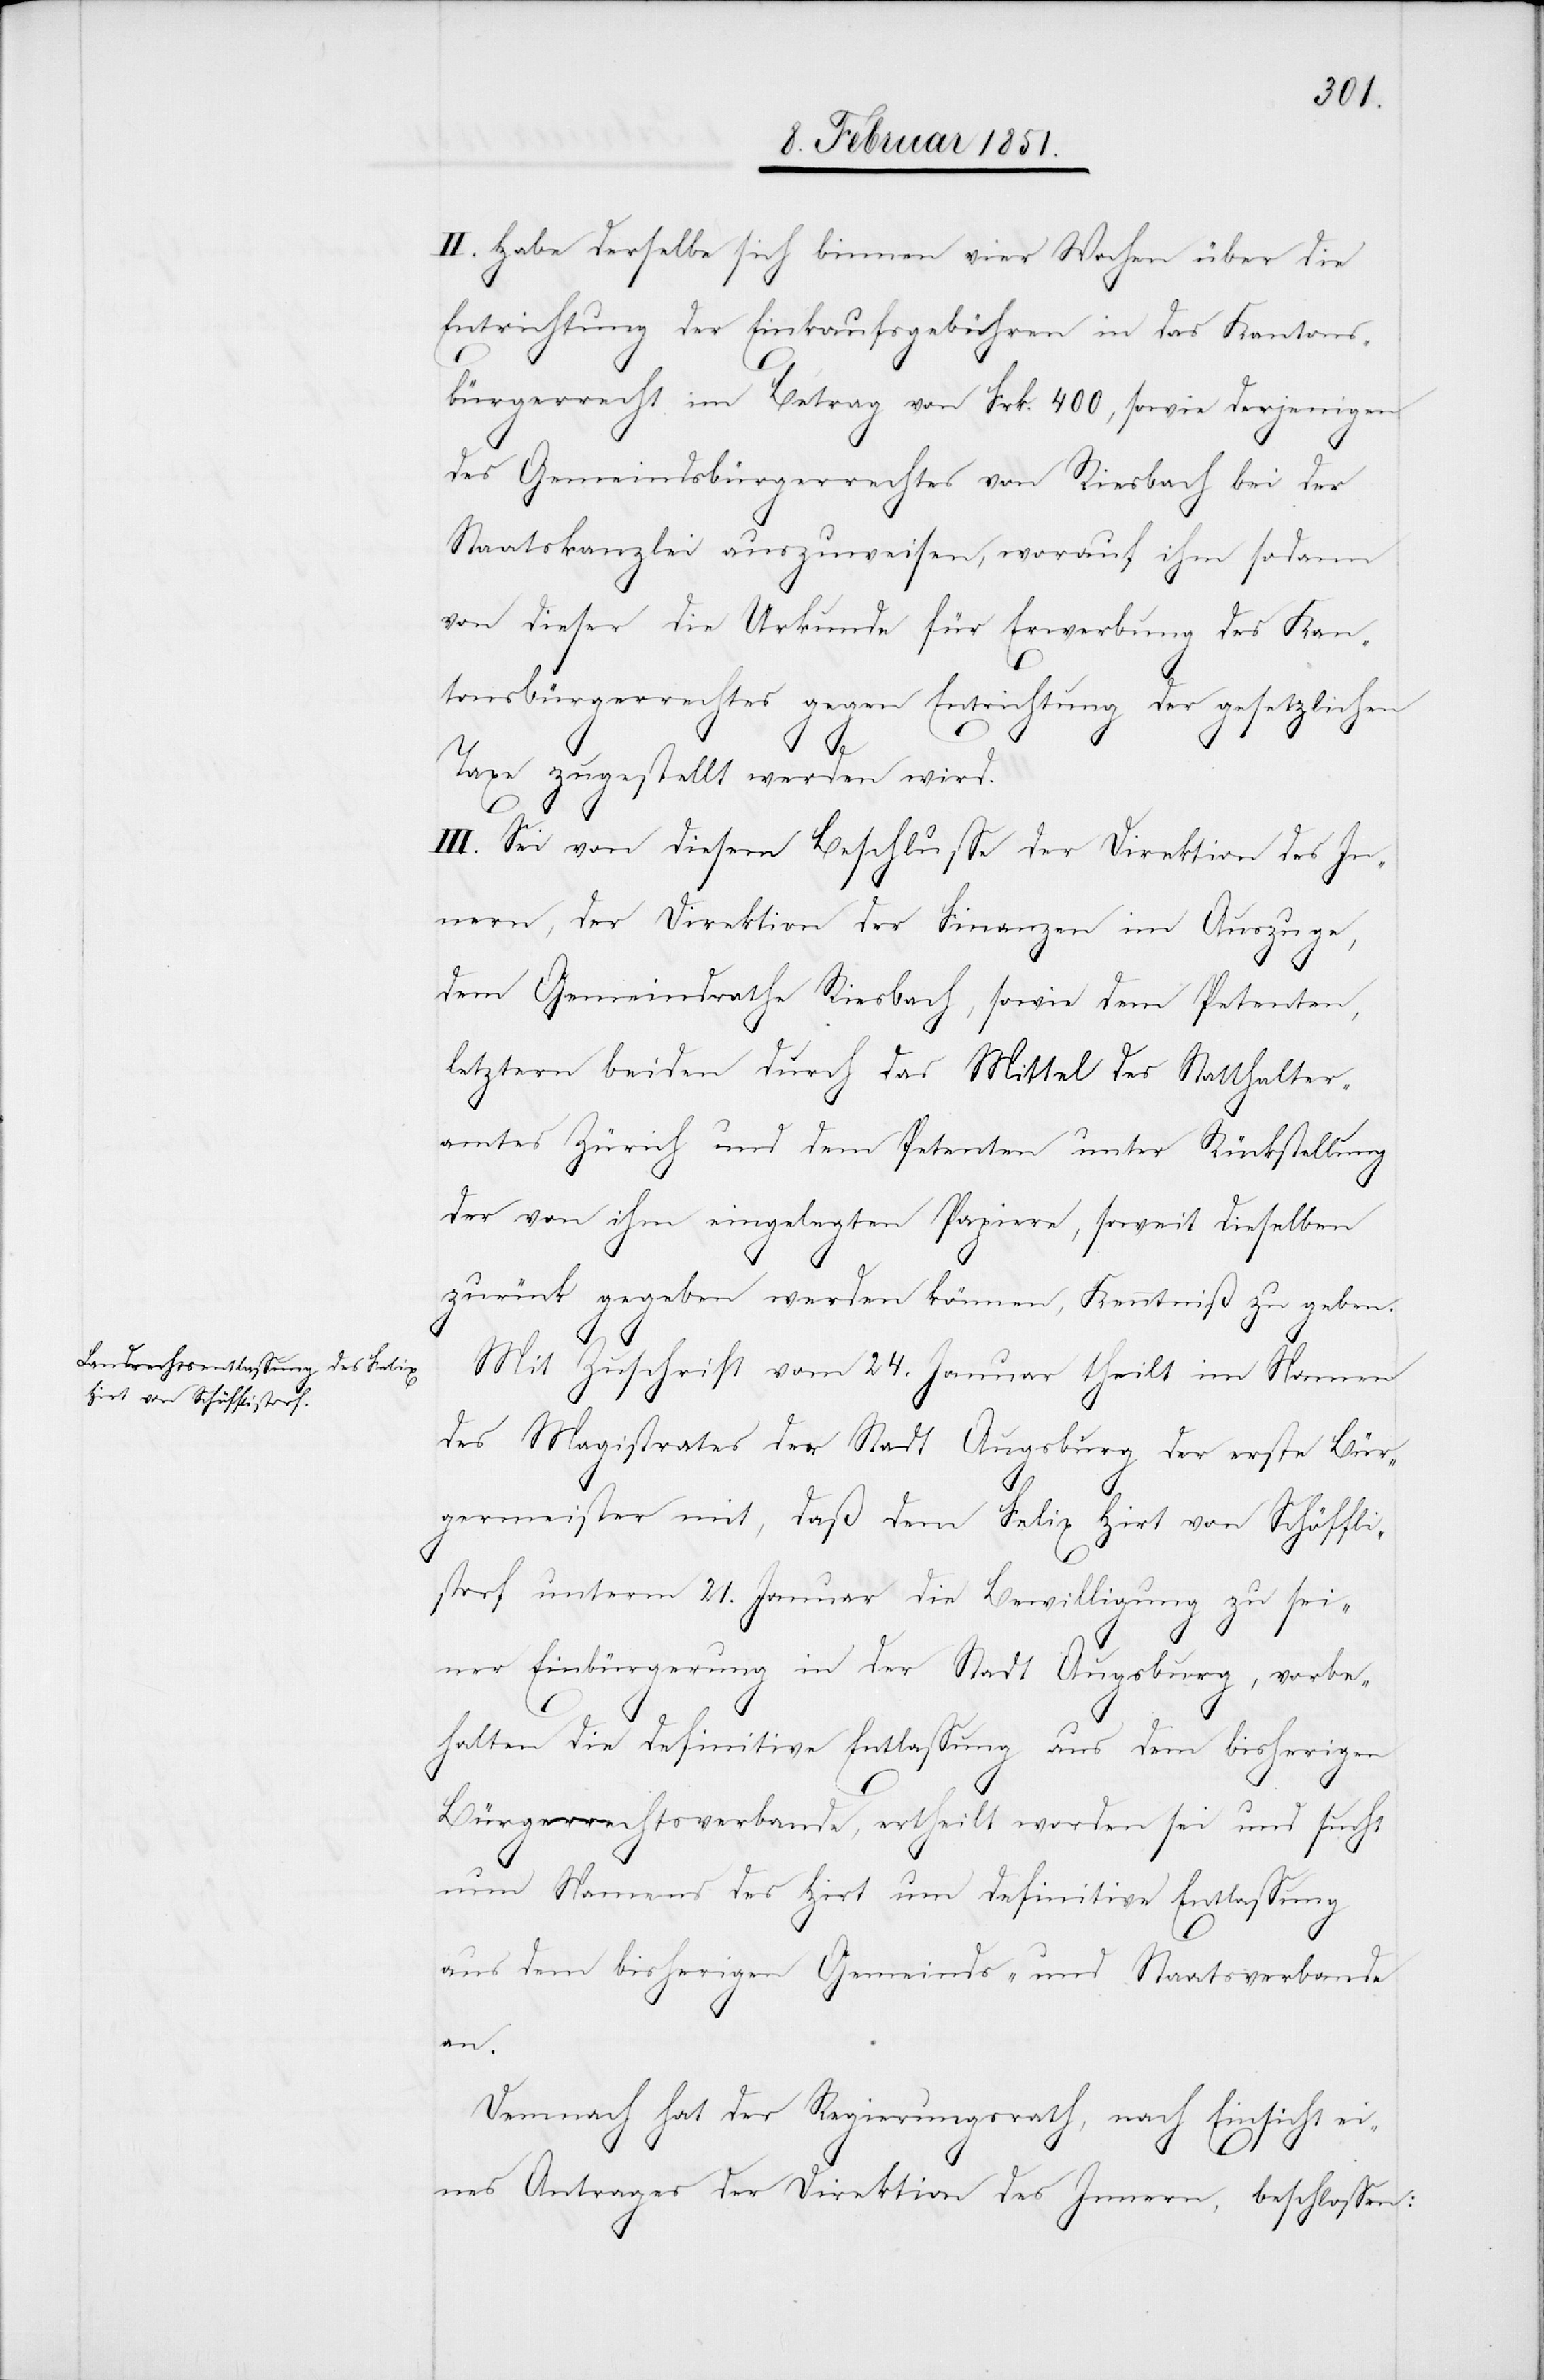
II. Habe derselbe sich binnen vier Wochen über die
Entrichtung der Einkaufsgebühren in das Kantons¬
bürgerrecht im Betrag von Frk. 400, sowie derjenigen
des Gemeindsbürgerrechtes von Riesbach bei der
Staatskanzlei auszuweisen, worauf ihm sodann
von dieser die Urkunde für Erwerbung des Kan¬
tonsbürgerrechtes gegen Entrichtung der gesetzlichen
Taxe zugestellt werden wird.
III. Sei von diesem Beschlusse der Direktion des In¬
nern, der Direktion der Finanzen im Auszuge,
dem Gemeindrathe Riesbach, sowie dem Petenten,
letztern beiden durch das Mittel des Statthalter¬
amtes Zürich und dem Petenten unter Rückstellung
der von ihm eingelegten Papiere, soweit dieselben
zurück gegeben werden können, Kenntniß zu geben.
Mit Zuschrift vom 24. Januar theilt im Namen
des Magistrates der Stadt Augsburg der erste Bür¬
germeister mit, daß dem Felix Hirt von Schöffli¬
storf unterm 21. Januar die Bewilligung zu sei¬
ner Einbürgerung in der Stadt Augsburg, vorbe¬
halten die definitive Entlassung aus dem bisherigen
Bürgerrechtsverbande, ertheilt worden sei und sucht
nun Namens des Hirt um definitive Entlassung
aus dem bisherigen Gemeinds- und Staatsverbande
an.
Demnach hat der Regierungsrath, nach Einsicht ei¬
nes Antrages der Direktion des Innern, beschlossen: